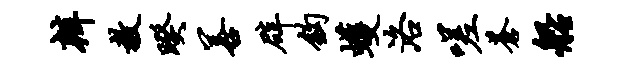
辨教暌善辟钩蠖洛嗟苍船